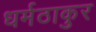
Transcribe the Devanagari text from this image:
धर्मठाकुर